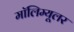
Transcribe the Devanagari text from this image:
मॉलिम्यूलर